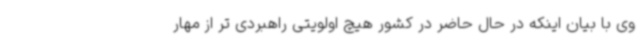
وی با بیان اینکه در حال حاضر در کشور هیچ اولویتی راهبردی تر از مهار